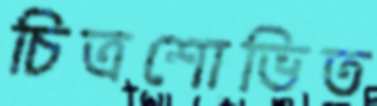
চিত্রশোভিত